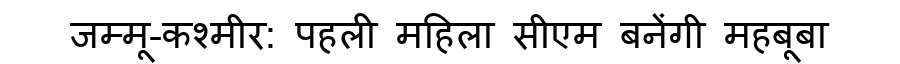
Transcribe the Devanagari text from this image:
जम्मू-कश्मीर: पहली महिला सीएम बनेंगी महबूबा